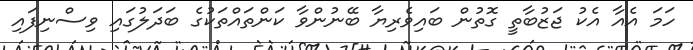
ހަމަ އެއާ އެކު ޖަޒުބާތީ ގޮތުން ބައިވެރިޔާ ބޭނުންވާ ކަންތައްތަކުގެ ބަދަލުގައި ވިސްނިފައި